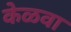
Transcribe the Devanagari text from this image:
केळवा